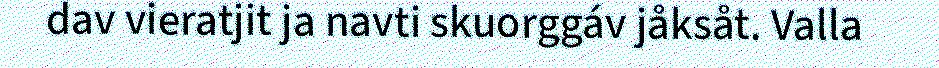
dav vieratjit ja navti skuorggáv jåksåt. Valla